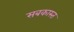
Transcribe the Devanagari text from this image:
सबकास्त